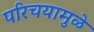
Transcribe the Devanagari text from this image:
परिचयामुळे